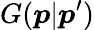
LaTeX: G(\boldsymbol{p}|\boldsymbol{p}^{\prime})